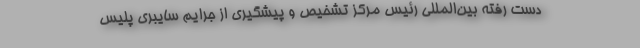
دست رفته بین‌المللی رئیس مرکز تشخیص ‌و پیشگیری از جرایم سایبری پلیس